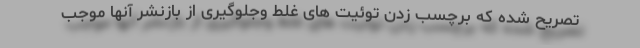
تصریح شده که برچسب زدن توئیت های غلط وجلوگیری از بازنشر آنها موجب